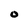
Character: O